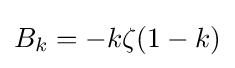
B_{k}=-k\zeta (1-k)